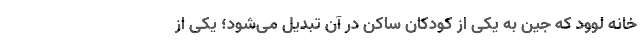
خانه لوود که جین به یکی از کودکان ساکن در آن تبدیل می‌شود؛ یکی از